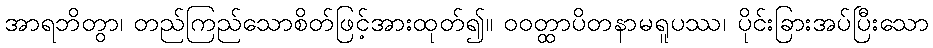
အာရဘိတွာ၊ တည်ကြည်သောစိတ်ဖြင့်အားထုတ်၍။ ဝဝတ္ထာပိတနာမရူပဿ၊ ပိုင်းခြားအပ်ပြီးသော